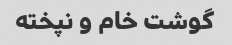
گوشت خام و نپخته